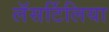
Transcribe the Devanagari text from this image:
लॅसर्टिलिया